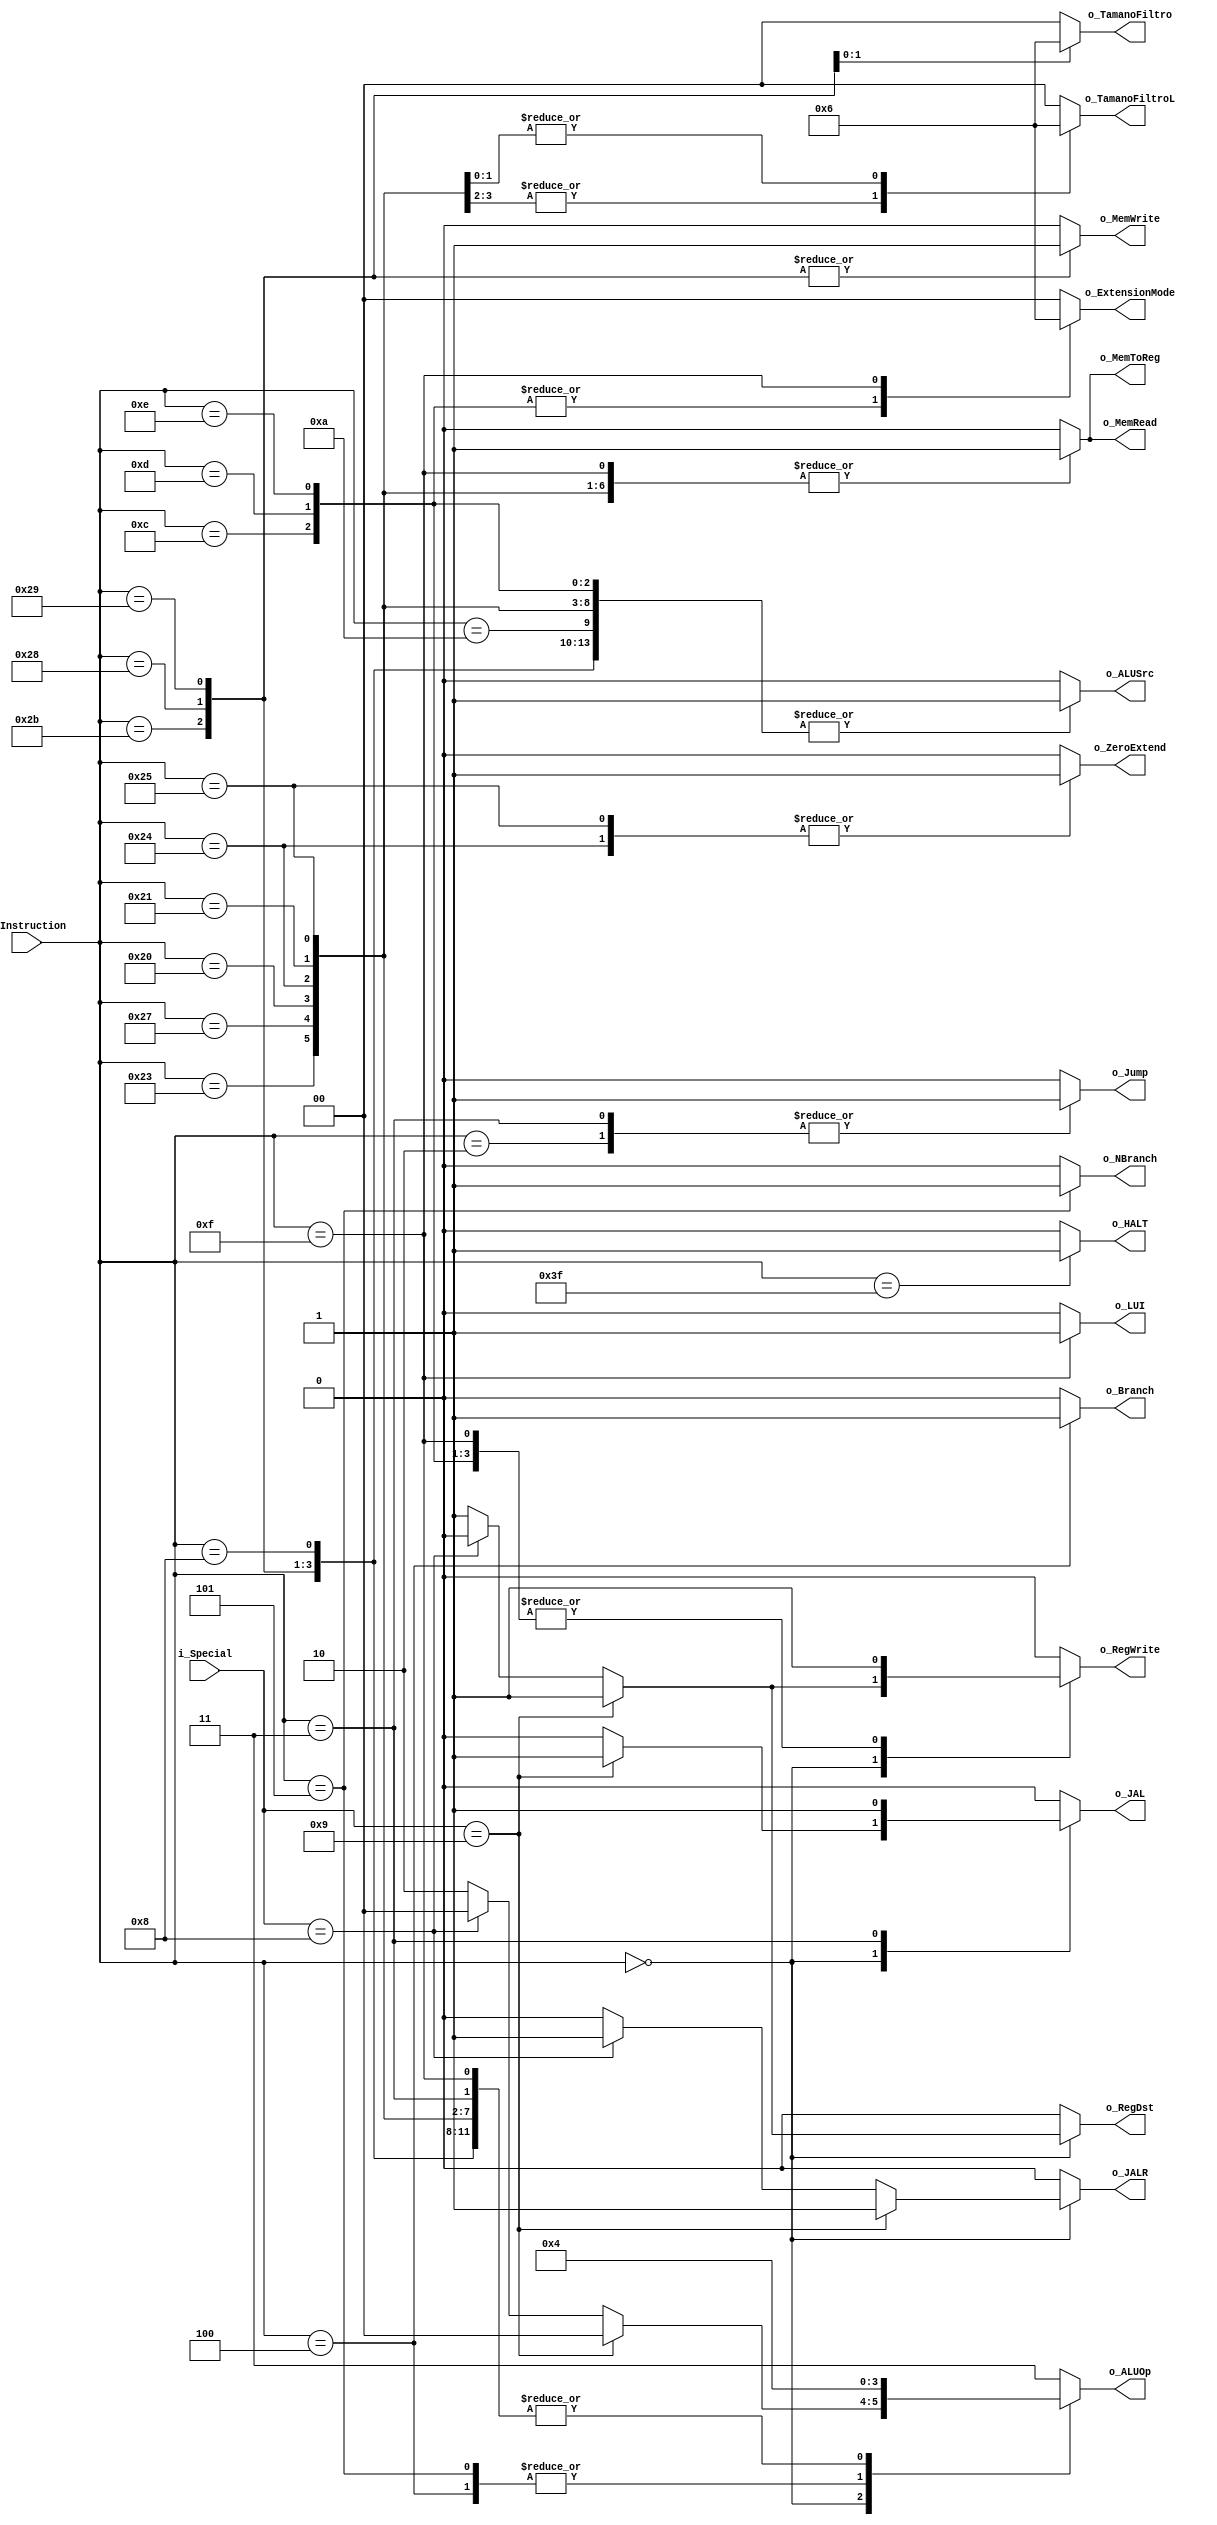
`timescale 1ns / 1ps
//////////////////////////////////////////////////////////////////////////////////
// Company:
// Engineer:
//
// Design Name:
// Module Name: Control_Unidad
// Project Name:
// Target Devices:
// Tool Versions:
// Description:
//
// Dependencies:
//
// Revision:
// Revision 0.01 - File Created
//
//////////////////////////////////////////////////////////////////////////////////

//LW:   100011  | base      |   RT  |   OFFSET
//LWU:  100111  | base      |   RT  |   OFFSET
//LB:   100000  | base      |   RT  |   OFFSET
//LBU:  100100  | base      |   RT  |   OFFSET
//LH:   100001  | base      |   RT  |   OFFSET
//LHU:  100101  | base      |   RT  |   OFFSET
//LUI:  001111  | 00000     |   RT  |   IMMEDIATE
//SW:   101011  |  base     |   RT  |   OFFSET
//SB:   101000  |  base     |   RT  |   OFFSET
//SH:   101001  |  base     |   RT  |   OFFSET
//ADD:  000000  |   RS      |   RT  |   RD  |   00000   |   100000
//SUB:  000000  |   RS      |   RT  |   RD  |   00000   |   100010
//SUBU: 000000  |   RS      |   RT  |   RD  |   00000   |   100011
//AND:  000000  |   RS      |   RT  |   RD  |   00000   |   100100
//ANDI: 001100  |   RS      |   RT  |   IMMEDIATE
//OR:   000000  |   RS      |   RT  |   RD  |   00000   |   100101
//ORI:  001101  |   RS      |   RT  |   IMMEDIATE
//NOR:  000000  |   RS      |   RT  |   RD  |   00000   |   100111
//XOR:  000000  |   RS      |   RT  |   RD  |   00000   |   100110
//XORI: 001110  |   RS      |   RT  |   IMMEDIATE
//SLT:  000000  |   RS      |   RT  |   RD  |   00000   |   101010
//SLTI: 001010  |   RS      |   RT  |   IMMEDIATE
//BEQ:  000100  |   RS      |   RT  |   OFFSET
//BNE:  000101  |   RS      |   RT  |   OFFSET
//J:    000010  |   INSTR_INDEX
//ADDI: 001000  |   RS      |   RT  |   IMMEDIATE
//SLL:  000000  |   000000  |   RT  |   RD  |   sa      |   000000
//SRL:  000000  |   000000  |   RT  |   RD  |   sa      |   000010

`define LW      6'b100011
`define LWU     6'b100111
`define LB      6'b100000
`define LBU     6'b100100
`define LH      6'b100001
`define LHU     6'b100101
`define LUI     6'b001111
`define SW      6'b101011
`define SB      6'b101000
`define SH      6'b101001
`define BEQ     6'b000100
`define BNE     6'b000101
`define J       6'b000010
`define JAL     6'b000011
`define BAS     6'b000000
`define ADDI    6'b001000
`define ANDI    6'b001100
`define SLTI    6'b001010
`define ORI     6'b001101
`define XORI    6'b001110
`define JALR    6'b001001
`define JR      6'b001000
`define HALT    6'b111111


module Control_Unidad
    #(
        parameter   NBITS       =   6
    )
    (
        input   wire    [NBITS-1        :0]     i_Instruction   ,
        input   wire    [NBITS-1        :0]     i_Special       ,

        output  wire                            o_RegDst        ,
        output  wire                            o_Jump          ,
        output  wire                            o_JAL           ,
        output  wire                            o_Branch        ,
        output  wire                            o_NBranch       ,
        output  wire                            o_MemRead       ,
        output  wire                            o_MemToReg      ,
        output  wire    [1              :0]     o_ALUOp         ,
        output  wire                            o_MemWrite      ,
        output  wire                            o_ALUSrc        ,
        output  wire                            o_RegWrite      ,
        output  wire    [1              :0]     o_ExtensionMode ,
        output  wire    [1              :0]     o_TamanoFiltro  ,
        output  wire    [1              :0]     o_TamanoFiltroL ,
        output  wire                            o_ZeroExtend    ,
        output  wire                            o_LUI           ,
        output  wire                            o_JALR          ,
        output  wire                            o_HALT
    );

    reg         RegDst_Reg          ;
    reg         Jump_Reg            ;
    reg         JAL_Reg             ;
    reg         Branch_Reg          ;
    reg         NBranch_Reg         ;
    reg         MemRead_Reg         ;
    reg         MemToReg_Reg        ;
    reg [1:0]   ALUOp_Reg           ;
    reg         MemWrite_Reg        ;
    reg         ALUSrc_Reg          ;
    reg         RegWrite_Reg        ;
    reg [1:0]   ExtensionMode_Reg   ;
    reg [1:0]   TamanoFiltro_Reg    ;
    reg [1:0]   TamanoFiltroL_Reg   ;
    reg         ZeroExtend_Reg      ;
    reg         LUI_Reg             ;
    reg         JALR_Reg            ;
    reg         HALT_Reg            ;

    assign  o_RegDst        =   RegDst_Reg          ;
    assign  o_Jump          =   Jump_Reg            ;
    assign  o_JAL           =   JAL_Reg             ;
    assign  o_Branch        =   Branch_Reg          ;
    assign  o_NBranch       =   NBranch_Reg         ;
    assign  o_MemRead       =   MemRead_Reg         ;
    assign  o_MemToReg      =   MemToReg_Reg        ;
    assign  o_ALUOp         =   ALUOp_Reg           ;
    assign  o_MemWrite      =   MemWrite_Reg        ;
    assign  o_ALUSrc        =   ALUSrc_Reg          ;
    assign  o_RegWrite      =   RegWrite_Reg        ;
    assign  o_ExtensionMode =   ExtensionMode_Reg   ;
    assign  o_TamanoFiltro  =   TamanoFiltro_Reg    ;
    assign  o_TamanoFiltroL =   TamanoFiltroL_Reg   ;
    assign  o_ZeroExtend    =   ZeroExtend_Reg      ;
    assign  o_LUI           =   LUI_Reg             ;
    assign  o_JALR          =   JALR_Reg            ;
    assign  o_HALT          =   HALT_Reg            ;

    always @(*)
    begin : Decoder
        case(i_Instruction)
            `BAS:
            if(i_Special == `JALR)
            begin
                RegDst_Reg          <=  1'b1    ;
                Jump_Reg            <=  1'b0    ;
                JAL_Reg             <=  1'b1    ;
                Branch_Reg          <=  1'b0    ;
                NBranch_Reg         <=  1'b0    ;
                MemRead_Reg         <=  1'b0    ;
                MemToReg_Reg        <=  1'b0    ;
                ALUOp_Reg           <=  2'b00   ;
                MemWrite_Reg        <=  1'b0    ;
                ALUSrc_Reg          <=  1'b0    ;
                RegWrite_Reg        <=  1'b1    ;
                ExtensionMode_Reg   <=  2'b00   ;
                TamanoFiltro_Reg    <=  2'b00   ;
                TamanoFiltroL_Reg   <=  2'b00   ;
                ZeroExtend_Reg      <=  1'b0    ;
                LUI_Reg             <=  1'b0    ;
                JALR_Reg            <=  1'b1    ;
                HALT_Reg            <=  1'b0    ;
            end
            else if (i_Special == `JR)
            begin
                RegDst_Reg          <=  1'b0    ;
                Jump_Reg            <=  1'b0    ;
                JAL_Reg             <=  1'b0    ;
                Branch_Reg          <=  1'b0    ;
                NBranch_Reg         <=  1'b0    ;
                MemRead_Reg         <=  1'b0    ;
                MemToReg_Reg        <=  1'b0    ;
                ALUOp_Reg           <=  2'b00   ;
                MemWrite_Reg        <=  1'b0    ;
                ALUSrc_Reg          <=  1'b0    ;
                RegWrite_Reg        <=  1'b0    ;
                ExtensionMode_Reg   <=  2'b00   ;
                TamanoFiltro_Reg    <=  2'b00   ;
                TamanoFiltroL_Reg   <=  2'b00   ;
                ZeroExtend_Reg      <=  1'b0    ;
                LUI_Reg             <=  1'b0    ;
                JALR_Reg            <=  1'b1    ;
                HALT_Reg            <=  1'b0    ;
            end
            else
            begin
                RegDst_Reg          <=  1'b1    ;
                Jump_Reg            <=  1'b0    ;
                JAL_Reg             <=  1'b0    ;
                Branch_Reg          <=  1'b0    ;
                NBranch_Reg         <=  1'b0    ;
                MemRead_Reg         <=  1'b0    ;
                MemToReg_Reg        <=  1'b0    ;
                ALUOp_Reg           <=  2'b10   ;
                MemWrite_Reg        <=  1'b0    ;
                ALUSrc_Reg          <=  1'b0    ;
                RegWrite_Reg        <=  1'b1    ;
                ExtensionMode_Reg   <=  2'b00   ;
                TamanoFiltro_Reg    <=  2'b00   ;
                TamanoFiltroL_Reg   <=  2'b00   ;
                ZeroExtend_Reg      <=  1'b0    ;
                LUI_Reg             <=  1'b0    ;
                JALR_Reg            <=  1'b0    ;
                HALT_Reg            <=  1'b0    ;
            end

            `ADDI:
            begin
                RegDst_Reg          <=  1'b0    ;
                Jump_Reg            <=  1'b0    ;
                JAL_Reg             <=  1'b0    ;
                Branch_Reg          <=  1'b0    ;
                NBranch_Reg         <=  1'b0    ;
                MemRead_Reg         <=  1'b0    ;
                MemToReg_Reg        <=  1'b0    ;
                ALUOp_Reg           <=  2'b00   ;
                MemWrite_Reg        <=  1'b0    ;
                ALUSrc_Reg          <=  1'b1    ;
                RegWrite_Reg        <=  1'b1    ;
                ExtensionMode_Reg   <=  2'b00   ;
                TamanoFiltro_Reg    <=  2'b00   ;
                TamanoFiltroL_Reg   <=  2'b00   ;
                ZeroExtend_Reg      <=  1'b0    ;
                LUI_Reg             <=  1'b0    ;
                JALR_Reg            <=  1'b0    ;
                HALT_Reg            <=  1'b0    ;
            end

            `ANDI:
            begin
                RegDst_Reg          <=  1'b0    ;
                Jump_Reg            <=  1'b0    ;
                JAL_Reg             <=  1'b0    ;
                Branch_Reg          <=  1'b0    ;
                NBranch_Reg         <=  1'b0    ;
                MemRead_Reg         <=  1'b0    ;
                MemToReg_Reg        <=  1'b0    ;
                ALUOp_Reg           <=  2'b11   ;
                MemWrite_Reg        <=  1'b0    ;
                ALUSrc_Reg          <=  1'b1    ;
                RegWrite_Reg        <=  1'b1    ;
                ExtensionMode_Reg   <=  2'b01   ;
                TamanoFiltro_Reg    <=  2'b00   ;
                TamanoFiltroL_Reg   <=  2'b00   ;
                ZeroExtend_Reg      <=  1'b0    ;
                LUI_Reg             <=  1'b0    ;
                JALR_Reg            <=  1'b0    ;
                HALT_Reg            <=  1'b0    ;
            end

            `ORI:
            begin
                RegDst_Reg          <=  1'b0    ;
                Jump_Reg            <=  1'b0    ;
                JAL_Reg             <=  1'b0    ;
                Branch_Reg          <=  1'b0    ;
                NBranch_Reg         <=  1'b0    ;
                MemRead_Reg         <=  1'b0    ;
                MemToReg_Reg        <=  1'b0    ;
                ALUOp_Reg           <=  2'b11   ;
                MemWrite_Reg        <=  1'b0    ;
                ALUSrc_Reg          <=  1'b1    ;
                RegWrite_Reg        <=  1'b1    ;
                ExtensionMode_Reg   <=  2'b01   ;
                TamanoFiltro_Reg    <=  2'b00   ;
                TamanoFiltroL_Reg   <=  2'b00   ;
                ZeroExtend_Reg      <=  1'b0    ;
                LUI_Reg             <=  1'b0    ;
                JALR_Reg            <=  1'b0    ;
                HALT_Reg            <=  1'b0    ;
            end

            `SLTI:
            begin
                RegDst_Reg          <=  1'b0    ;
                Jump_Reg            <=  1'b0    ;
                JAL_Reg             <=  1'b0    ;
                Branch_Reg          <=  1'b0    ;
                NBranch_Reg         <=  1'b0    ;
                MemRead_Reg         <=  1'b0    ;
                MemToReg_Reg        <=  1'b0    ;
                ALUOp_Reg           <=  2'b11   ;
                MemWrite_Reg        <=  1'b0    ;
                ALUSrc_Reg          <=  1'b1    ;
                RegWrite_Reg        <=  1'b1    ;
                ExtensionMode_Reg   <=  2'b00   ;
                TamanoFiltro_Reg    <=  2'b00   ;
                TamanoFiltroL_Reg   <=  2'b00   ;
                ZeroExtend_Reg      <=  1'b0    ;
                LUI_Reg             <=  1'b0    ;
                JALR_Reg            <=  1'b0    ;
                HALT_Reg            <=  1'b0    ;
            end

            `XORI:
            begin
                RegDst_Reg          <=  1'b0    ;
                Jump_Reg            <=  1'b0    ;
                JAL_Reg             <=  1'b0    ;
                Branch_Reg          <=  1'b0    ;
                NBranch_Reg         <=  1'b0    ;
                MemRead_Reg         <=  1'b0    ;
                MemToReg_Reg        <=  1'b0    ;
                ALUOp_Reg           <=  2'b11   ;
                MemWrite_Reg        <=  1'b0    ;
                ALUSrc_Reg          <=  1'b1    ;
                RegWrite_Reg        <=  1'b1    ;
                ExtensionMode_Reg   <=  2'b01   ;
                TamanoFiltro_Reg    <=  2'b00   ;
                TamanoFiltroL_Reg   <=  2'b00   ;
                ZeroExtend_Reg      <=  1'b0    ;
                LUI_Reg             <=  1'b0    ;
                JALR_Reg            <=  1'b0    ;
                HALT_Reg            <=  1'b0    ;
            end

            `LW:
            begin
                RegDst_Reg          <=  1'b0    ;
                Jump_Reg            <=  1'b0    ;
                JAL_Reg             <=  1'b0    ;
                Branch_Reg          <=  1'b0    ;
                NBranch_Reg         <=  1'b0    ;
                MemRead_Reg         <=  1'b1    ;
                MemToReg_Reg        <=  1'b1    ;
                ALUOp_Reg           <=  2'b00   ;
                MemWrite_Reg        <=  1'b0    ;
                ALUSrc_Reg          <=  1'b1    ;
                RegWrite_Reg        <=  1'b1    ;
                ExtensionMode_Reg   <=  2'b00   ;
                TamanoFiltro_Reg    <=  2'b00   ;
                TamanoFiltroL_Reg   <=  2'b00   ;
                ZeroExtend_Reg      <=  1'b0    ;
                LUI_Reg             <=  1'b0    ;
                JALR_Reg            <=  1'b0    ;
                HALT_Reg            <=  1'b0    ;
            end

            `LWU:
            begin
                RegDst_Reg          <=  1'b0    ;
                Jump_Reg            <=  1'b0    ;
                JAL_Reg             <=  1'b0    ;
                Branch_Reg          <=  1'b0    ;
                NBranch_Reg         <=  1'b0    ;
                MemRead_Reg         <=  1'b1    ;
                MemToReg_Reg        <=  1'b1    ;
                ALUOp_Reg           <=  2'b00   ;
                MemWrite_Reg        <=  1'b0    ;
                ALUSrc_Reg          <=  1'b1    ;
                RegWrite_Reg        <=  1'b1    ;
                ExtensionMode_Reg   <=  2'b00   ;
                TamanoFiltro_Reg    <=  2'b00   ;
                TamanoFiltroL_Reg   <=  2'b00   ;
                ZeroExtend_Reg      <=  1'b0    ;
                LUI_Reg             <=  1'b0    ;
                JALR_Reg            <=  1'b0    ;
                HALT_Reg            <=  1'b0    ;
            end

            `LB:
            begin
                RegDst_Reg          <=  1'b0    ;
                Jump_Reg            <=  1'b0    ;
                JAL_Reg             <=  1'b0    ;
                Branch_Reg          <=  1'b0    ;
                NBranch_Reg         <=  1'b0    ;
                MemRead_Reg         <=  1'b1    ;
                MemToReg_Reg        <=  1'b1    ;
                ALUOp_Reg           <=  2'b00   ;
                MemWrite_Reg        <=  1'b0    ;
                ALUSrc_Reg          <=  1'b1    ;
                RegWrite_Reg        <=  1'b1    ;
                ExtensionMode_Reg   <=  2'b00   ;
                TamanoFiltro_Reg    <=  2'b00   ;
                TamanoFiltroL_Reg   <=  2'b01   ;
                ZeroExtend_Reg      <=  1'b0    ;
                LUI_Reg             <=  1'b0    ;
                JALR_Reg            <=  1'b0    ;
                HALT_Reg            <=  1'b0    ;
            end

            `LBU:
            begin
                RegDst_Reg          <=  1'b0    ;
                Jump_Reg            <=  1'b0    ;
                JAL_Reg             <=  1'b0    ;
                Branch_Reg          <=  1'b0    ;
                NBranch_Reg         <=  1'b0    ;
                MemRead_Reg         <=  1'b1    ;
                MemToReg_Reg        <=  1'b1    ;
                ALUOp_Reg           <=  2'b00   ;
                MemWrite_Reg        <=  1'b0    ;
                ALUSrc_Reg          <=  1'b1    ;
                RegWrite_Reg        <=  1'b1    ;
                ExtensionMode_Reg   <=  2'b00   ;
                TamanoFiltro_Reg    <=  2'b00   ;
                TamanoFiltroL_Reg   <=  2'b01   ;
                ZeroExtend_Reg      <=  1'b1    ;
                LUI_Reg             <=  1'b0    ;
                JALR_Reg            <=  1'b0    ;
                HALT_Reg            <=  1'b0    ;
            end

            `LH:
            begin
                RegDst_Reg          <=  1'b0    ;
                Jump_Reg            <=  1'b0    ;
                JAL_Reg             <=  1'b0    ;
                Branch_Reg          <=  1'b0    ;
                NBranch_Reg         <=  1'b0    ;
                MemRead_Reg         <=  1'b1    ;
                MemToReg_Reg        <=  1'b1    ;
                ALUOp_Reg           <=  2'b00   ;
                MemWrite_Reg        <=  1'b0    ;
                ALUSrc_Reg          <=  1'b1    ;
                RegWrite_Reg        <=  1'b1    ;
                ExtensionMode_Reg   <=  2'b00   ;
                TamanoFiltro_Reg    <=  2'b00   ;
                TamanoFiltroL_Reg   <=  2'b10   ;
                ZeroExtend_Reg      <=  1'b0    ;
                LUI_Reg             <=  1'b0    ;
                JALR_Reg            <=  1'b0    ;
                HALT_Reg            <=  1'b0    ;
            end

            `LHU:
            begin
                RegDst_Reg          <=  1'b0    ;
                Jump_Reg            <=  1'b0    ;
                JAL_Reg             <=  1'b0    ;
                Branch_Reg          <=  1'b0    ;
                NBranch_Reg         <=  1'b0    ;
                MemRead_Reg         <=  1'b1    ;
                MemToReg_Reg        <=  1'b1    ;
                ALUOp_Reg           <=  2'b00   ;
                MemWrite_Reg        <=  1'b0    ;
                ALUSrc_Reg          <=  1'b1    ;
                RegWrite_Reg        <=  1'b1    ;
                ExtensionMode_Reg   <=  2'b00   ;
                TamanoFiltro_Reg    <=  2'b00   ;
                TamanoFiltroL_Reg   <=  2'b10   ;
                ZeroExtend_Reg      <=  1'b1    ;
                LUI_Reg             <=  1'b0    ;
                JALR_Reg            <=  1'b0    ;
                HALT_Reg            <=  1'b0    ;
            end

            `LUI:
            begin
                RegDst_Reg          <=  1'b0    ;
                Jump_Reg            <=  1'b0    ;
                JAL_Reg             <=  1'b0    ;
                Branch_Reg          <=  1'b0    ;
                NBranch_Reg         <=  1'b0    ;
                MemRead_Reg         <=  1'b1    ;
                MemToReg_Reg        <=  1'b1    ;
                ALUOp_Reg           <=  2'b00   ;
                MemWrite_Reg        <=  1'b0    ;
                ALUSrc_Reg          <=  1'b0    ;
                RegWrite_Reg        <=  1'b1    ;
                ExtensionMode_Reg   <=  2'b10   ;
                TamanoFiltro_Reg    <=  2'b00   ;
                TamanoFiltroL_Reg   <=  2'b00   ;
                ZeroExtend_Reg      <=  1'b0    ;
                LUI_Reg             <=  1'b1    ;
                JALR_Reg            <=  1'b0    ;
                HALT_Reg            <=  1'b0    ;
            end

            `SW:
            begin
                RegDst_Reg          <=  1'b0    ;
                Jump_Reg            <=  1'b0    ;
                JAL_Reg             <=  1'b0    ;
                Branch_Reg          <=  1'b0    ;
                NBranch_Reg         <=  1'b0    ;
                MemRead_Reg         <=  1'b0    ;
                MemToReg_Reg        <=  1'b0    ;
                ALUOp_Reg           <=  2'b00   ;
                MemWrite_Reg        <=  1'b1    ;
                ALUSrc_Reg          <=  1'b1    ;
                RegWrite_Reg        <=  1'b0    ;
                ExtensionMode_Reg   <=  2'b00   ;
                TamanoFiltro_Reg    <=  2'b00   ;
                TamanoFiltroL_Reg   <=  2'b00   ;
                ZeroExtend_Reg      <=  1'b0    ;
                LUI_Reg             <=  1'b0    ;
                JALR_Reg            <=  1'b0    ;
                HALT_Reg            <=  1'b0    ;
            end

            `SB:
            begin
                RegDst_Reg          <=  1'b0    ;
                Jump_Reg            <=  1'b0    ;
                JAL_Reg             <=  1'b0    ;
                Branch_Reg          <=  1'b0    ;
                NBranch_Reg         <=  1'b0    ;
                MemRead_Reg         <=  1'b0    ;
                MemToReg_Reg        <=  1'b0    ;
                ALUOp_Reg           <=  2'b00   ;
                MemWrite_Reg        <=  1'b1    ;
                ALUSrc_Reg          <=  1'b1    ;
                RegWrite_Reg        <=  1'b0    ;
                ExtensionMode_Reg   <=  2'b00   ;
                TamanoFiltro_Reg    <=  2'b01   ;
                TamanoFiltroL_Reg   <=  2'b00   ;
                ZeroExtend_Reg      <=  1'b0    ;
                LUI_Reg             <=  1'b0    ;
                JALR_Reg            <=  1'b0    ;
                HALT_Reg            <=  1'b0    ;
            end

            `SH:
            begin
                RegDst_Reg          <=  1'b0    ;
                Jump_Reg            <=  1'b0    ;
                JAL_Reg             <=  1'b0    ;
                Branch_Reg          <=  1'b0    ;
                NBranch_Reg         <=  1'b0    ;
                MemRead_Reg         <=  1'b0    ;
                MemToReg_Reg        <=  1'b0    ;
                ALUOp_Reg           <=  2'b00   ;
                MemWrite_Reg        <=  1'b1    ;
                ALUSrc_Reg          <=  1'b1    ;
                RegWrite_Reg        <=  1'b0    ;
                ExtensionMode_Reg   <=  2'b00   ;
                TamanoFiltro_Reg    <=  2'b10   ;
                TamanoFiltroL_Reg   <=  2'b00   ;
                ZeroExtend_Reg      <=  1'b0    ;
                LUI_Reg             <=  1'b0    ;
                JALR_Reg            <=  1'b0    ;
                HALT_Reg            <=  1'b0    ;
            end

            `BEQ:
            begin
                RegDst_Reg          <=  1'b0    ;
                Jump_Reg            <=  1'b0    ;
                JAL_Reg             <=  1'b0    ;
                Branch_Reg          <=  1'b1    ;
                NBranch_Reg         <=  1'b0    ;
                MemRead_Reg         <=  1'b0    ;
                MemToReg_Reg        <=  1'b0    ;
                ALUOp_Reg           <=  2'b01   ;
                MemWrite_Reg        <=  1'b0    ;
                ALUSrc_Reg          <=  1'b0    ;
                RegWrite_Reg        <=  1'b0    ;
                ExtensionMode_Reg   <=  2'b00   ;
                TamanoFiltro_Reg    <=  2'b00   ;
                TamanoFiltroL_Reg   <=  2'b00   ;
                ZeroExtend_Reg      <=  1'b0    ;
                LUI_Reg             <=  1'b0    ;
                JALR_Reg            <=  1'b0    ;
                HALT_Reg            <=  1'b0    ;
            end

            `BNE:
            begin
                RegDst_Reg          <=  1'b0    ;
                Jump_Reg            <=  1'b0    ;
                JAL_Reg             <=  1'b0    ;
                Branch_Reg          <=  1'b0    ;
                NBranch_Reg         <=  1'b1    ;
                MemRead_Reg         <=  1'b0    ;
                MemToReg_Reg        <=  1'b0    ;
                ALUOp_Reg           <=  2'b01   ;
                MemWrite_Reg        <=  1'b0    ;
                ALUSrc_Reg          <=  1'b0    ;
                RegWrite_Reg        <=  1'b0    ;
                ExtensionMode_Reg   <=  2'b00   ;
                TamanoFiltro_Reg    <=  2'b00   ;
                TamanoFiltroL_Reg   <=  2'b00   ;
                ZeroExtend_Reg      <=  1'b0    ;
                LUI_Reg             <=  1'b0    ;
                JALR_Reg            <=  1'b0    ;
                HALT_Reg            <=  1'b0    ;
            end

            `J:
            begin
                RegDst_Reg          <=  1'b0    ;
                Jump_Reg            <=  1'b1    ;
                JAL_Reg             <=  1'b0    ;
                Branch_Reg          <=  1'b0    ;
                NBranch_Reg         <=  1'b0    ;
                MemRead_Reg         <=  1'b0    ;
                MemToReg_Reg        <=  1'b0    ;
                ALUOp_Reg           <=  2'b00   ;
                MemWrite_Reg        <=  1'b0    ;
                ALUSrc_Reg          <=  1'b0    ;
                RegWrite_Reg        <=  1'b0    ;
                ExtensionMode_Reg   <=  2'b00   ;
                TamanoFiltro_Reg    <=  2'b00   ;
                TamanoFiltroL_Reg   <=  2'b00   ;
                ZeroExtend_Reg      <=  1'b0    ;
                LUI_Reg             <=  1'b0    ;
                JALR_Reg            <=  1'b0    ;
                HALT_Reg            <=  1'b0    ;
            end

           `JAL:
            begin
                RegDst_Reg          <=  1'b0    ;
                Jump_Reg            <=  1'b1    ;
                JAL_Reg             <=  1'b1    ;
                Branch_Reg          <=  1'b0    ;
                NBranch_Reg         <=  1'b0    ;
                MemRead_Reg         <=  1'b0    ;
                MemToReg_Reg        <=  1'b0    ;
                ALUOp_Reg           <=  2'b00   ;
                MemWrite_Reg        <=  1'b0    ;
                ALUSrc_Reg          <=  1'b0    ;
                RegWrite_Reg        <=  1'b1    ;
                ExtensionMode_Reg   <=  2'b00   ;
                TamanoFiltro_Reg    <=  2'b00   ;
                TamanoFiltroL_Reg   <=  2'b00   ;
                ZeroExtend_Reg      <=  1'b0    ;
                LUI_Reg             <=  1'b0    ;
                JALR_Reg            <=  1'b0    ;
                HALT_Reg            <=  1'b0    ;
            end
    
            `HALT:
            begin
                RegDst_Reg          <=  1'b0    ;
                Jump_Reg            <=  1'b0    ;
                JAL_Reg             <=  1'b0    ;
                Branch_Reg          <=  1'b0    ;
                NBranch_Reg         <=  1'b0    ;
                MemRead_Reg         <=  1'b0    ;
                MemToReg_Reg        <=  1'b0    ;
                ALUOp_Reg           <=  2'b00   ;
                MemWrite_Reg        <=  1'b0    ;
                ALUSrc_Reg          <=  1'b0    ;
                RegWrite_Reg        <=  1'b0    ;
                ExtensionMode_Reg   <=  2'b00   ;
                TamanoFiltro_Reg    <=  2'b00   ;
                TamanoFiltroL_Reg   <=  2'b00   ;
                ZeroExtend_Reg      <=  1'b0    ;
                LUI_Reg             <=  1'b0    ;
                JALR_Reg            <=  1'b0    ;
                HALT_Reg            <=  1'b1    ;
            end
            
            default:
            begin
                RegDst_Reg          <=  1'b0    ;
                Jump_Reg            <=  1'b0    ;
                JAL_Reg             <=  1'b0    ;
                Branch_Reg          <=  1'b0    ;
                NBranch_Reg         <=  1'b0    ;
                MemRead_Reg         <=  1'b0    ;
                MemToReg_Reg        <=  1'b0    ;
                ALUOp_Reg           <=  2'b11   ;
                MemWrite_Reg        <=  1'b0    ;
                ALUSrc_Reg          <=  1'b0    ;
                RegWrite_Reg        <=  1'b0    ;
                ExtensionMode_Reg   <=  2'b00   ;
                TamanoFiltro_Reg    <=  2'b00   ;
                TamanoFiltroL_Reg   <=  2'b00   ;
                ZeroExtend_Reg      <=  1'b0    ;
                LUI_Reg             <=  1'b0    ;
                JALR_Reg            <=  1'b0    ;
                HALT_Reg            <=  1'b0    ;
            end
        endcase
    end
endmodule